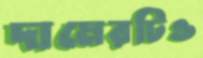
দামেরটিও